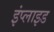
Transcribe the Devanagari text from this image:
इंप्लाइड